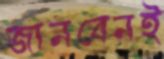
জানবেনই